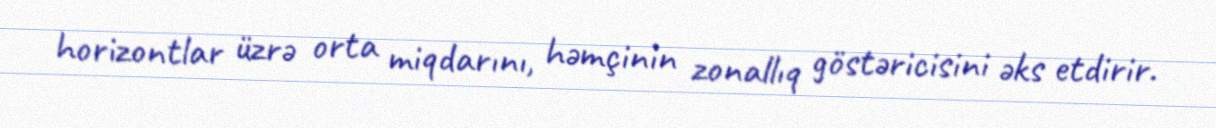
horizontlar üzrə orta miqdarını, həmçinin zonallıq göstəricisini əks etdirir.